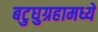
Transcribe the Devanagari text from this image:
बटुघुग्रहामध्ये